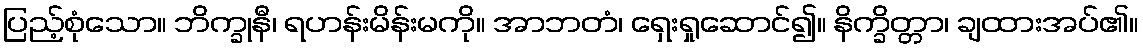
ပြည့်စုံသော။ ဘိက္ခုနီ၊ ရဟန်းမိန်းမကို။ အာဘတံ၊ ရှေးရှုဆောင်၍။ နိက္ခိတ္တာ၊ ချထားအပ်၏။